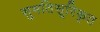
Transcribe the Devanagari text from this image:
सुमतिसूरिकृत